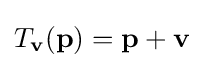
T_{\mathbf {v} }(\mathbf {p} )=\mathbf {p} +\mathbf {v}